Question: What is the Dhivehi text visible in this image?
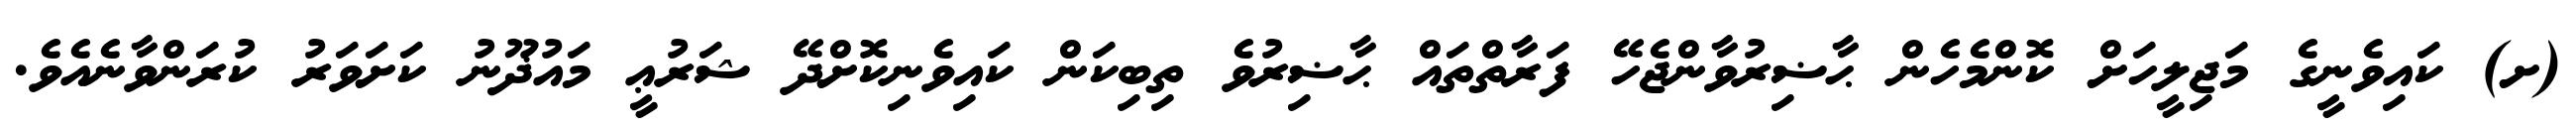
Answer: (ށ) ކައިވެނީގެ މަޖިލީހަށް ކޮންމެހެން ޙާޟިރުވާންޖެހޭ ފަރާތްތައް ޙާޟިރުވެ ތިބިކަން ކައިވެނިކޮށްދޭ ޝަރުޢީ މައުޛޫނު ކަށަވަރު ކުރަންވާނެއެވެ.